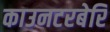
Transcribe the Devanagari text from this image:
काउनटरबेरि